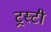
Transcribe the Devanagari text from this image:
ट्रस्‍टी